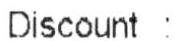
DISCOUNT :